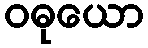
ဝဓုယော